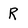
Character: R